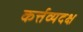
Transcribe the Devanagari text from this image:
कर्त्तव्यदक्ष